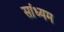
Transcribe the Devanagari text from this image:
सांध्यम